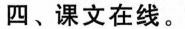
四、课文在线。